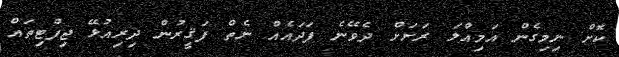
ކޮށް ނިމިގެން އަމިއްލަ ރަށަށް ދެވޭނެ ފަދައެއް ނެތް ފަޤީރުން ދިރިއުޅޭ ޖިފުޓިތައް